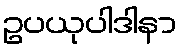
ဥပယုပါဒါနာ